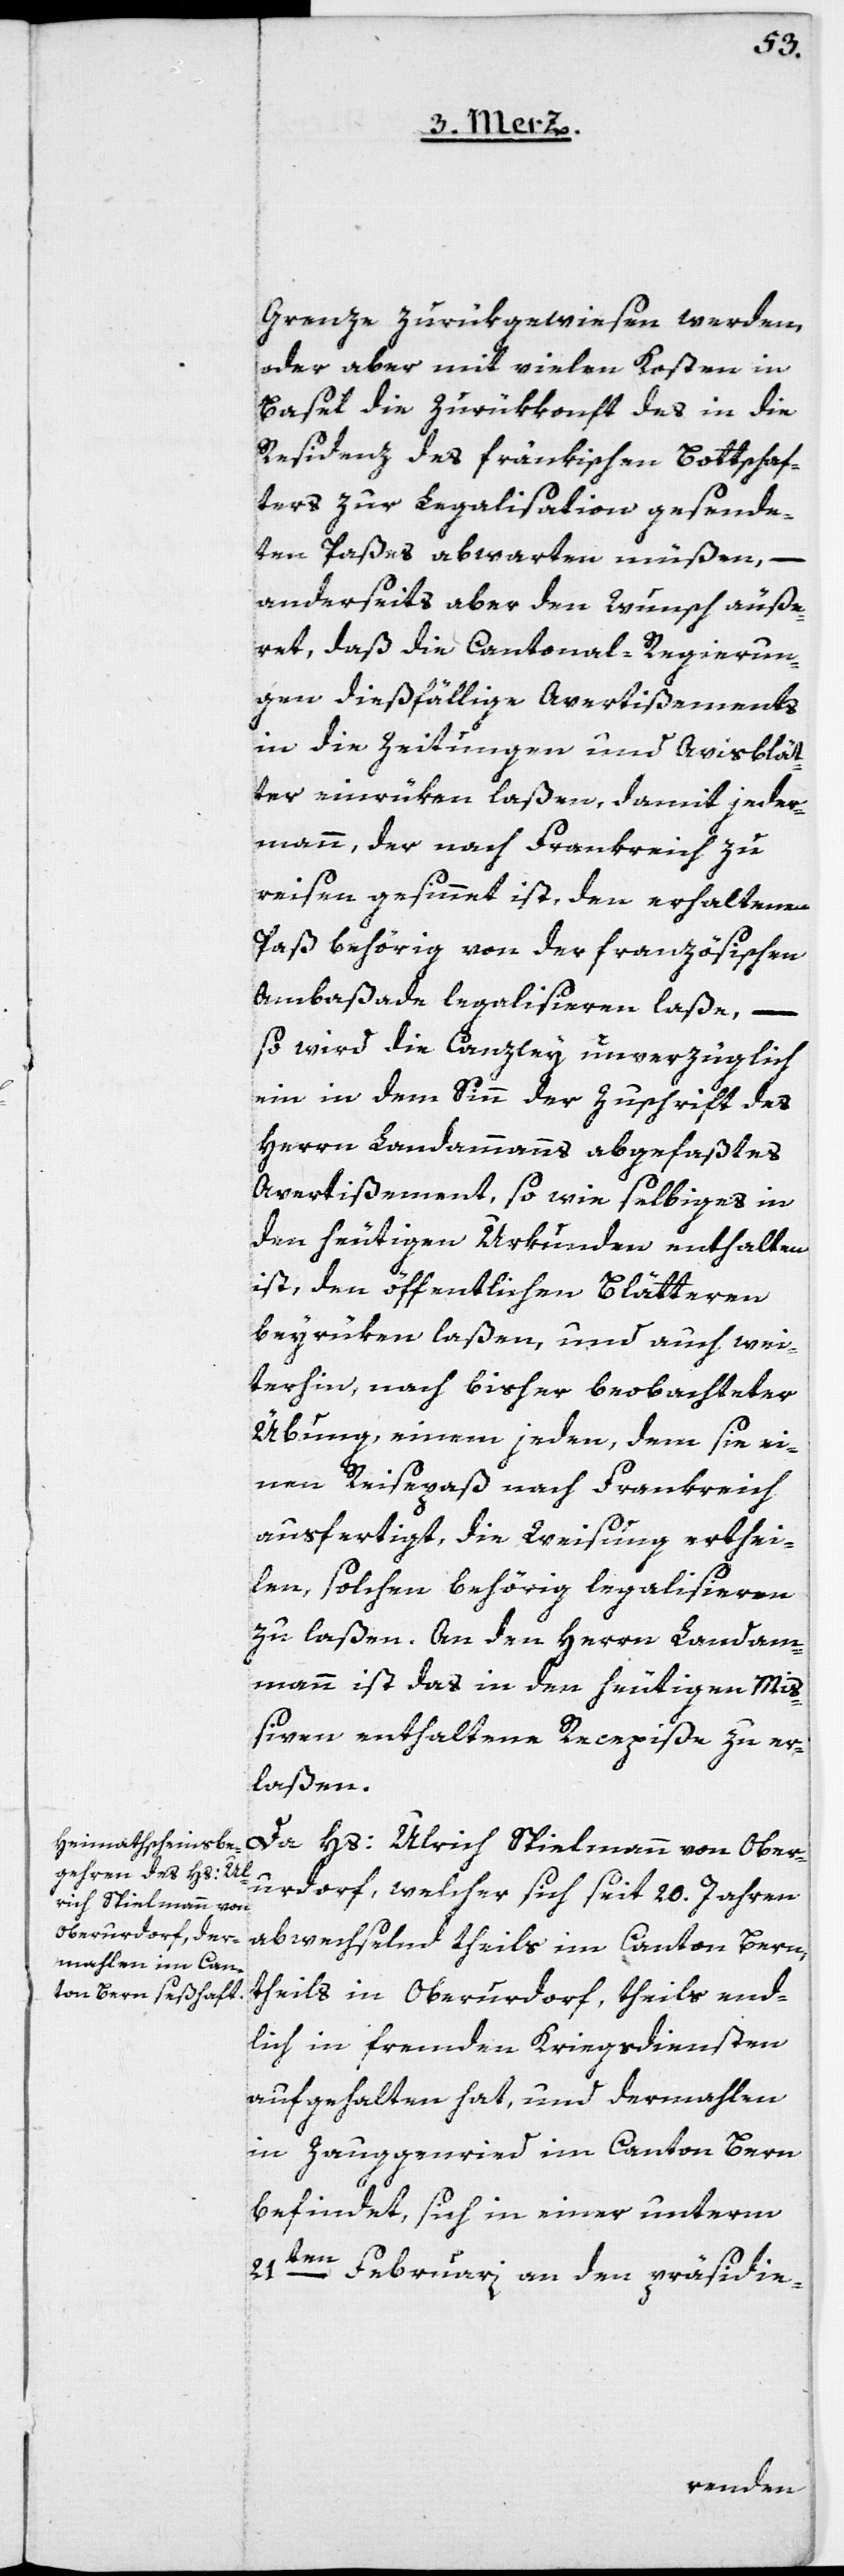
Grenze zurückgewiesen werden,
oder aber mit vielen Kosten in
Basel die Zurükkonft des in die
Residenz des fränkischen Bottschaf¬
ters zur Legalisation gesende¬
ten Paßes abwarten müßen, –
anderseits aber den Wunsch äuße¬
ret, daß die Cantonal-Regierun¬
gen dießfällige Avertißements
in die Zeitungen und Avisblät¬
ter einrüken laßen, damit jeder¬
mann, der nach Frankreich zu
reisen gesinnet ist, den erhaltenen
Paß behörig von der französischen
Ambaßade legalisieren laße, –
so wird die Canzley unverzüglich
ein in dem Sinn der Zuschrift des
Herrn Landammanns abgefaßtes
Avertißement, so wie selbiges in
den heutigen Urkunden enthalten
ist, den öffentlichen Blätteren
beyrüken laßen, und auch wei¬
terhin nach bisher beobachteter
Übung, einem jeden, dem sie ei¬
nen Reisepaß nach Frankreich
ausfertigt, die Weisung erthei¬
len, solchen behörig legalisieren
zu laßen. An den Herrn Landam¬
mann ist das in den heutigen Mi¬
ßiven enthaltene Recepiße zu er¬
laßen.
Da Hs: Ulrich Spielmann von Ober¬
urdorf, welcher sich seit 20. Jahren
abwechselnd theils im Canton Bern,
theils in Oberurdorf, theils end¬
lich in fremden Kriegsdiensten
aufgehalten hat, und dermahlen
in Zauggenried im Canton Bern
befindet, sich in einer unterm
21ten Februari an den präsidie-